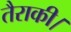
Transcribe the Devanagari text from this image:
तैराकी।